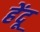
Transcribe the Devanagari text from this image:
हेंदू